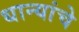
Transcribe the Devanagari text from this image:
धान्यांचे